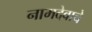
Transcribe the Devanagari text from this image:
नामदेवाचे